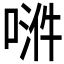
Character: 𫪿